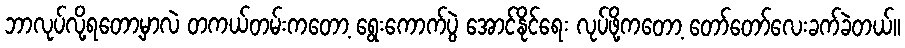
ဘာလုပ်လို့ရတော့မှာလဲ တကယ်တမ်းကတော့ ရွေးကောက်ပွဲ အောင်နိုင်ရေး လုပ်ဖို့ကတော့ တော်တော်လေးခက်ခဲတယ်။